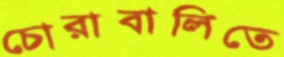
চোরাবালিতে